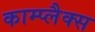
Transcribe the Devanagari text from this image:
काम्प्लैक्स